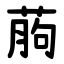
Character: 葋